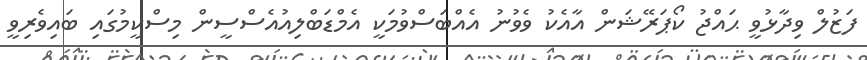
ފަޒުލް ވިދާޅުވީ ޙައްޖު ކޯޕަރޭޝަން އާއެކު ވެވުނު އެއްބަސްވުމަކީ އެމްޑަބްލިއުއެސްސީން މިސްކީމުގައި ބައިވެރިވީ